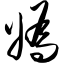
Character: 妫